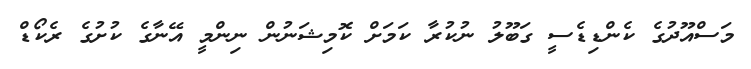
މަސްއޫދުގެ ކެންޑިޑެސީ ގަބޫލު ނުކުރާ ކަމަށް ކޮމިޝަނުން ނިންމީ އޭނާގެ ކުށުގެ ރެކޯޑް